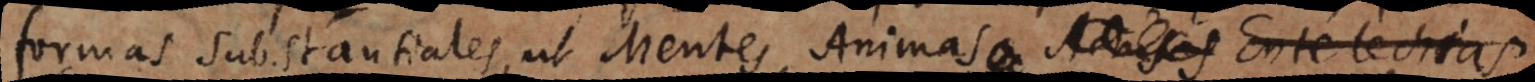
formas substantiales, ut Mentes, Animas, Activas Entelechia